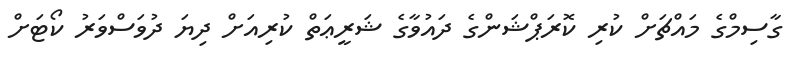
ގާސިމްގެ މައްޗަށް ކުރި ކޮރަޕްޝަންގެ ދައުވާގެ ޝަރީޢަތް ކުރިއަށް ދިޔަ ދުވަސްވަރު ކޯޓަށް